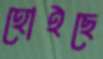
হোইছে